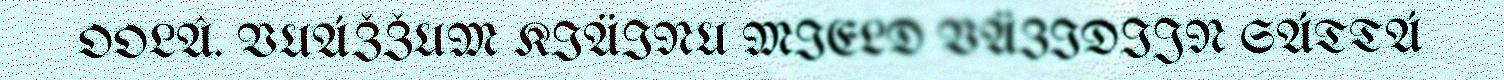
OOLÂ. VUÁŽŽUM KIÄINU MIELD VÄZIDIJN SÁTTÁ